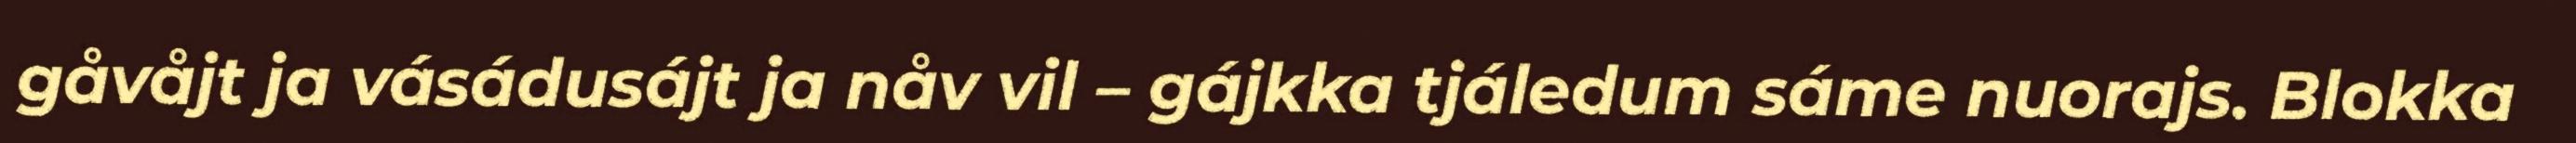
gåvåjt ja vásádusájt ja nåv vil – gájkka tjáledum sáme nuorajs. Blokka